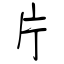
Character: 片